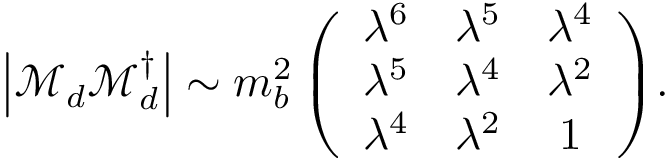
\left| { \mathcal M } _ { d } { \mathcal M } _ { d } ^ { \dagger } \right| \sim m _ { b } ^ { 2 } \left( \begin{array} { c c c } { { \lambda ^ { 6 } } } & { { \lambda ^ { 5 } } } & { { \lambda ^ { 4 } } } \\ { { \lambda ^ { 5 } } } & { { \lambda ^ { 4 } } } & { { \lambda ^ { 2 } } } \\ { { \lambda ^ { 4 } } } & { { \lambda ^ { 2 } } } & { { 1 } } \end{array} \right) \! .